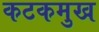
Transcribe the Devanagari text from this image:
कटकमुख